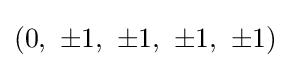
(0,\ \pm 1,\ \pm 1,\ \pm 1,\ \pm 1)